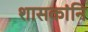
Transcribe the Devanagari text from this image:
शासकांनि